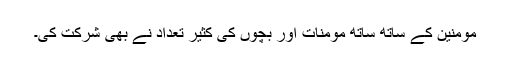
مومنین کے ساتھ ساتھ مومنات اور بچوں کی کثیر تعداد نے بھی شرکت کی۔